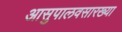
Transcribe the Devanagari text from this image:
आसुपालवसारख्या